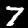
Label: 7